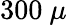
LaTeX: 300\ \mu